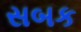
સબક